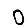
Digit: 0